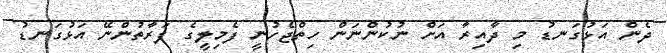
ދެން އަޅުގަނޑު މި ދާއިރާ އަށް ނުކުންނަން ހިތްޖެހުނީ ފެމިލީގެ ފަރާތުންނޭ އަޅުގަނޑު